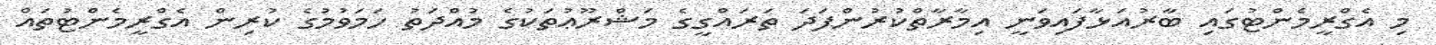
މި އެގްރީމެންޓުގައި ބާރުއަޅާފައިވަނީ އިމާރާތްކުރުންފަދަ ތަރައްގީގެ މަޝްރޫޢުތަކުގެ މުއްދަތު ހަމަވުމުގެ ކުރިން އެގްރީމެންޓުތައް